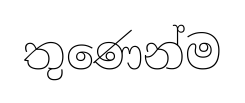
තුණෙන්ම